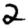
Digit: 2